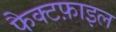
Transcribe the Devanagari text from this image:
फैक्टफ़ाइल